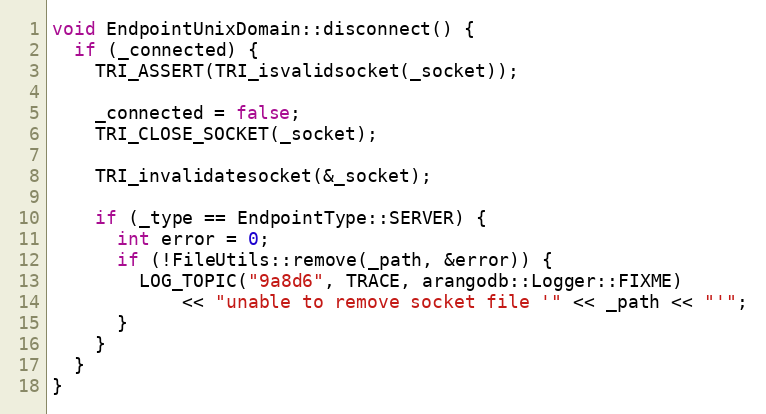
Language: C++
void EndpointUnixDomain::disconnect() {
  if (_connected) {
    TRI_ASSERT(TRI_isvalidsocket(_socket));

    _connected = false;
    TRI_CLOSE_SOCKET(_socket);

    TRI_invalidatesocket(&_socket);

    if (_type == EndpointType::SERVER) {
      int error = 0;
      if (!FileUtils::remove(_path, &error)) {
        LOG_TOPIC("9a8d6", TRACE, arangodb::Logger::FIXME)
            << "unable to remove socket file '" << _path << "'";
      }
    }
  }
}